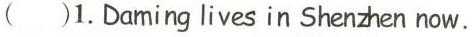
( )1.Daming lives in Shenhen now.